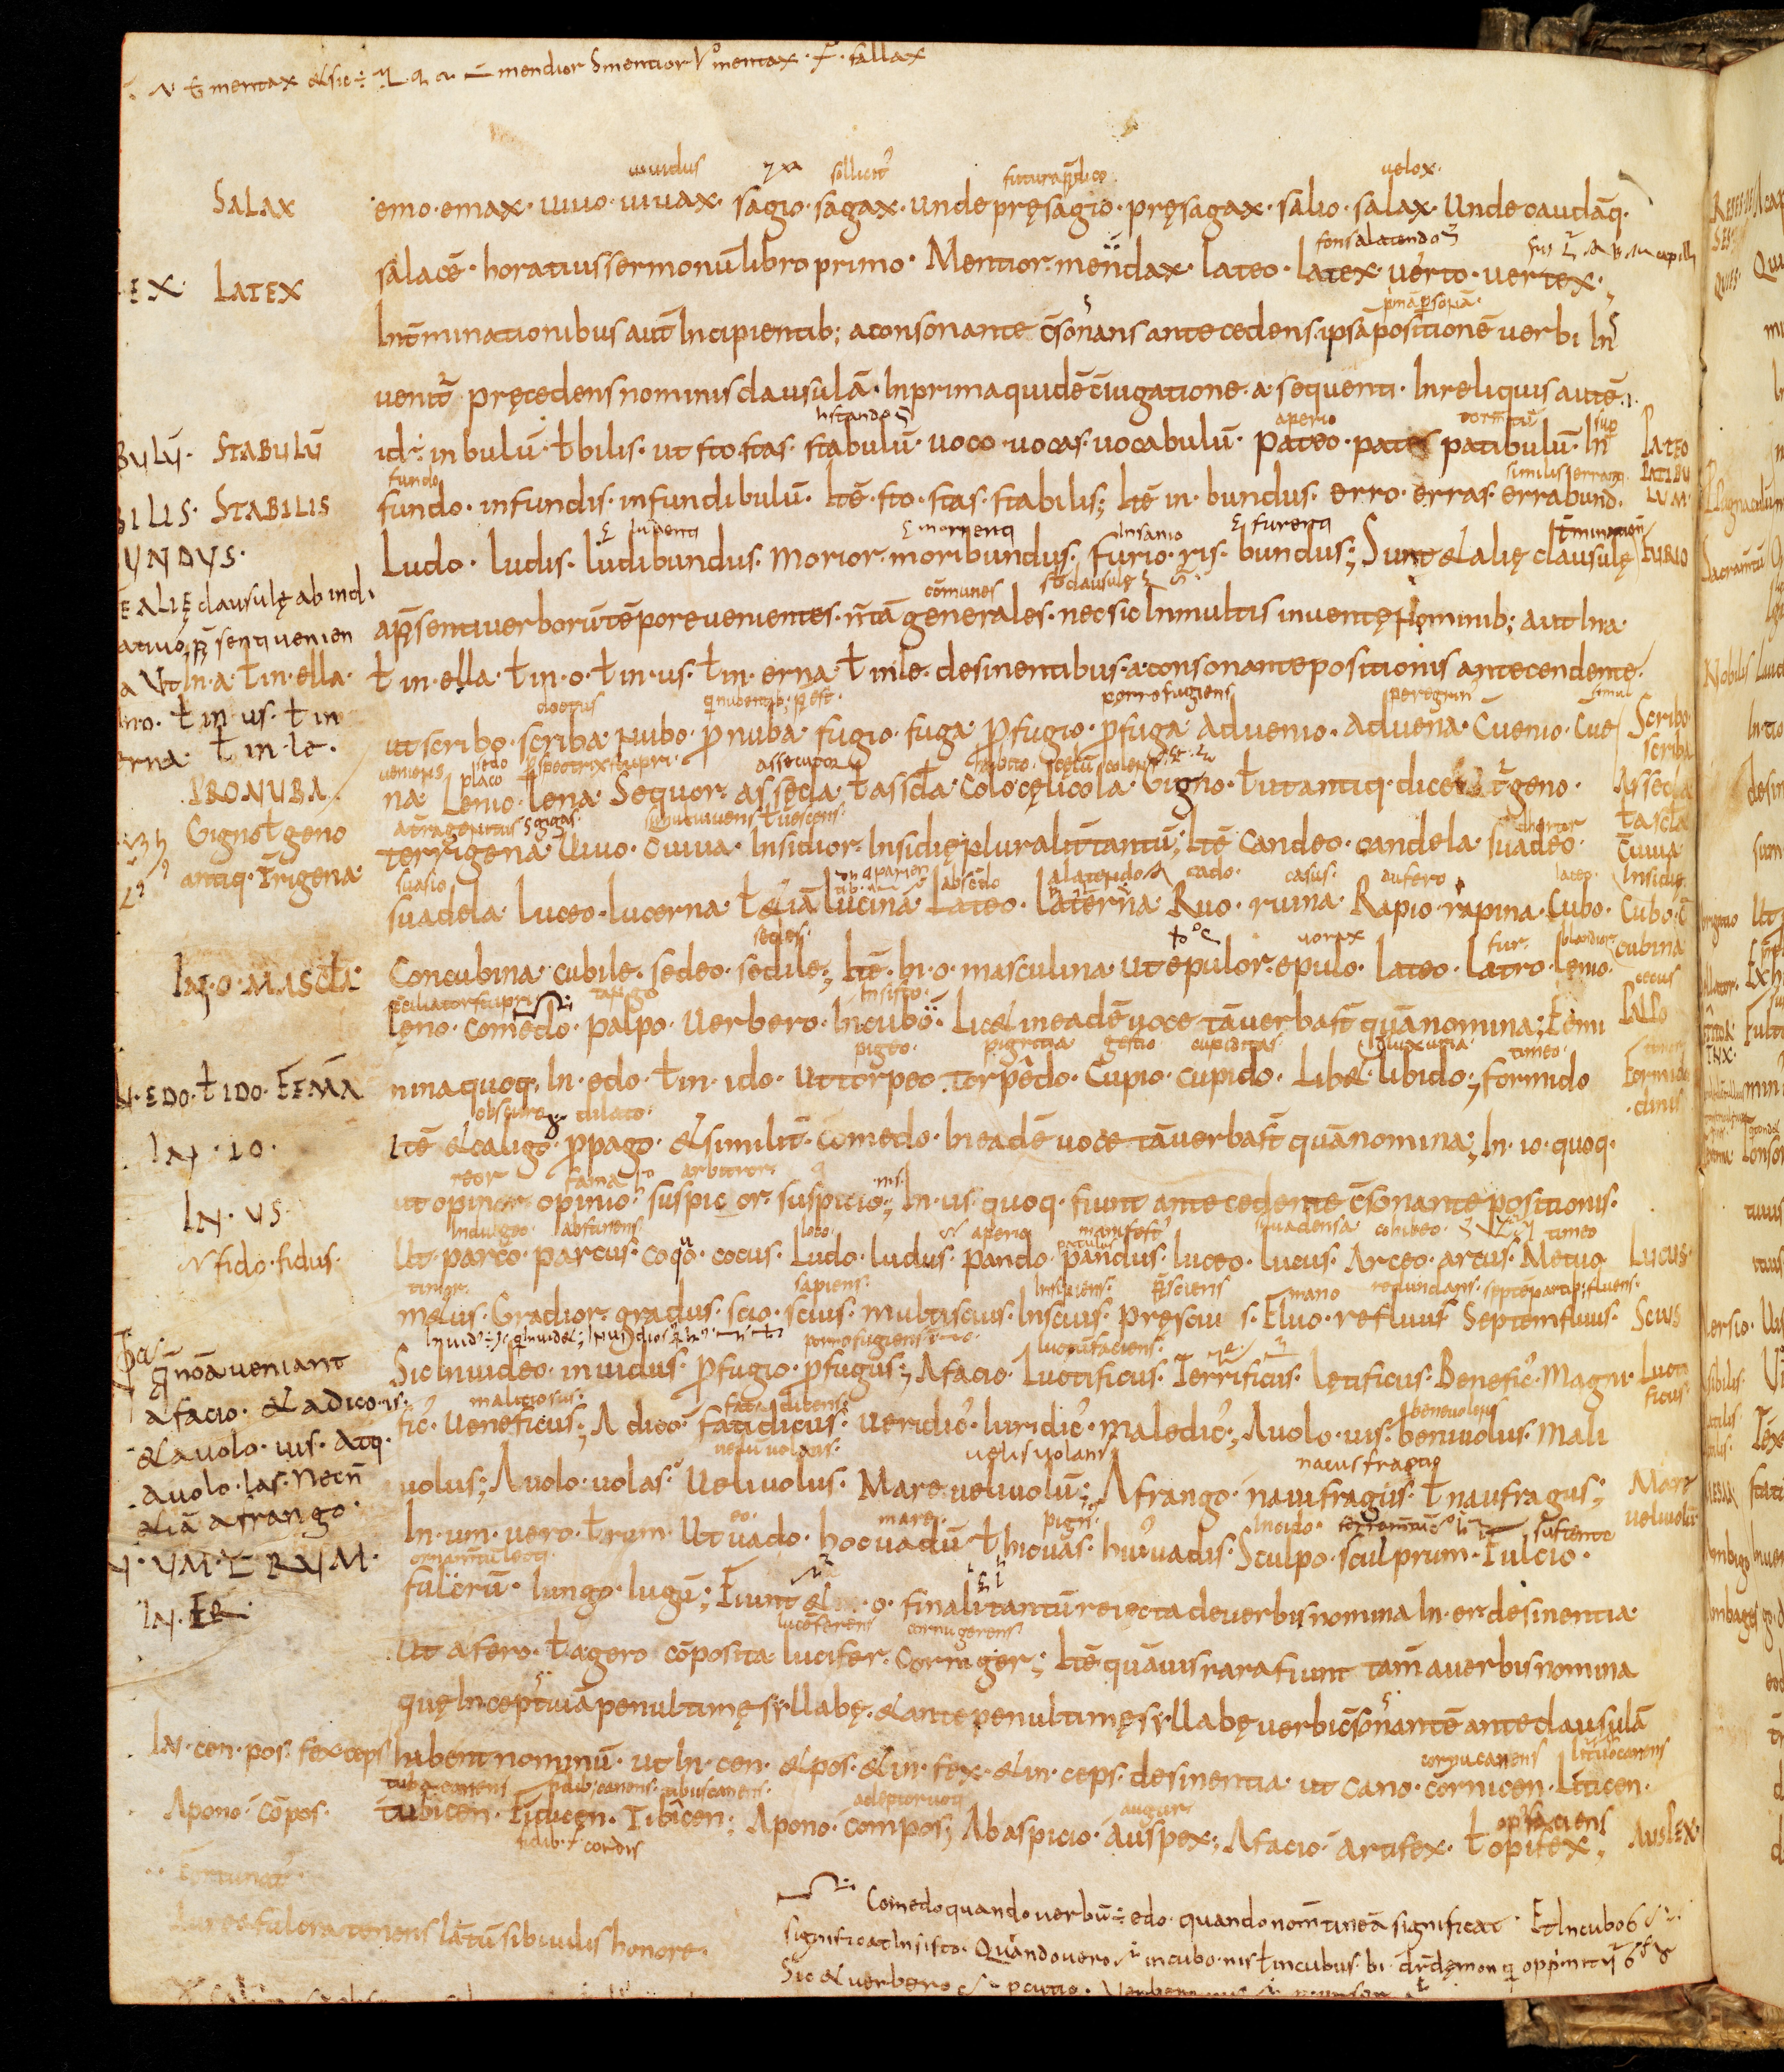
Shelfmark: Bamberg, Staatsbibliothek, MS Class. 30
Century: 9